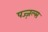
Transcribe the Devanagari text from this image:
पज्ज़ल्स